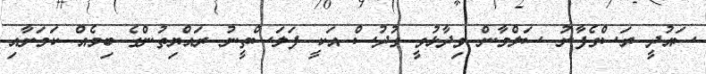
ސައުދީ ރަސްގެފާނު ސަލްމާން ވިދާޅުވީ ގުދުސް އަކީ ފަލަސްތީނު ރައްޔިތުންގެ ބިމެއް ކަމަށާއި